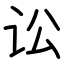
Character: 讼